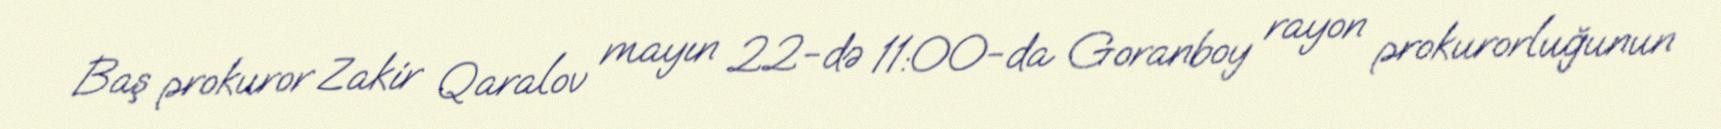
Baş prokuror Zakir Qaralov mayın 22-də 11:00-da Goranboy rayon prokurorluğunun